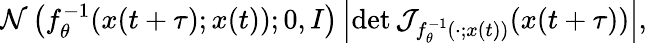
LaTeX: \begin{array}{r}{\textstyle\mathcal{N}\left(f_{\theta}^{-1}(x(t+\tau);x(t));0,I\right)\left|\mathrm{det}\, \mathcal{J}_{f_{\theta}^{-1}({}\cdot{};x(t))}(x(t+\tau))\right|,}\end{array}